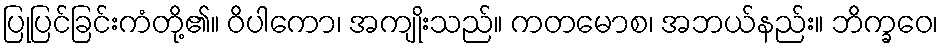
ပြုပြင်ခြင်းကံတို့၏။ ဝိပါကော၊ အကျိုးသည်။ ကတမောစ၊ အဘယ်နည်း။ ဘိက္ခဝေ၊